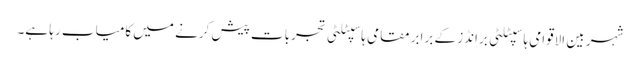
شہر بین الاقوامی ہاسپٹلٹی برانڈز کے برابر مقامی ہاسپٹلٹی تجربات پیش کرنے میں کامیاب رہا ہے۔